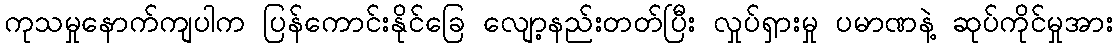
ကုသမှုနောက်ကျပါက ပြန်ကောင်းနိုင်ခြေ လျော့နည်းတတ်ပြီး လှုပ်ရှားမှု ပမာဏနဲ့ ဆုပ်ကိုင်မှုအား